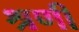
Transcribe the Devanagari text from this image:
श्रणी